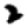
Digit: 2